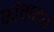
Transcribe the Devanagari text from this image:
कांचमहल